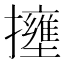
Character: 𱡍